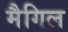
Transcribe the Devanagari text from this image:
मैगिल